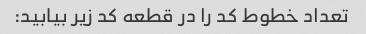
تعداد خطوط کد را در قطعه کد زیر بیابید: